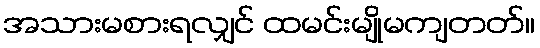
အသားမစားရလျှင် ထမင်းမျိုမကျတတ်။